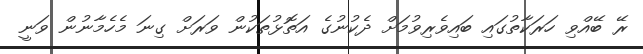
ރޭ ބޭއްވި ހަރަކާތުގައި ބައިވެރިވުމަށް ދެކުނުގެ އަތޮޅުތަކުން ވަރަށް ގިނަ މެހެމާނުން ވަނީ